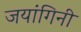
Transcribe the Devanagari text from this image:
जयांगिनी